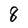
Character: 8